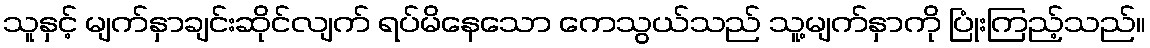
သူနှင့် မျက်နှာချင်းဆိုင်လျက် ရပ်မိနေသော ကေသွယ်သည် သူ့မျက်နှာကို ပြုံးကြည့်သည်။